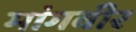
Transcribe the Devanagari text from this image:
मांगवीर